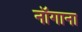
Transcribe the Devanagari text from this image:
नॉगाना